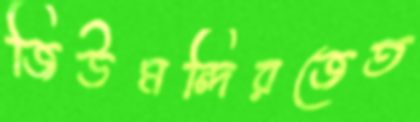
জিউমন্দিরজেত